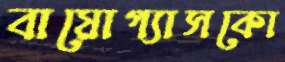
বায়োগ্যাসকো